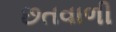
છતવાળી